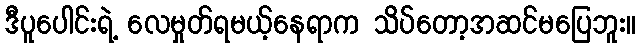
ဒီပူပေါင်းရဲ့ လေမှုတ်ရမယ့်နေရာက သိပ်တော့အဆင်မပြေဘူး။